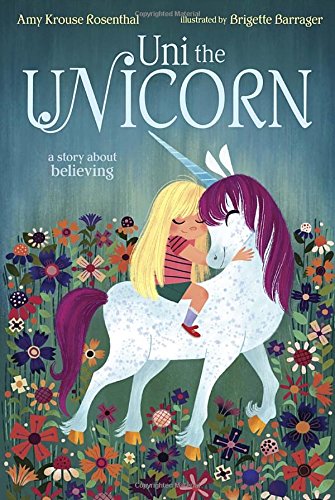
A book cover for Uni the Unicorn; Amy Krouse Rosenthal; Children's Books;